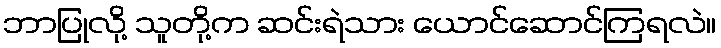
ဘာပြုလို့ သူတို့က ဆင်းရဲသား ယောင်ဆောင်ကြရလဲ။